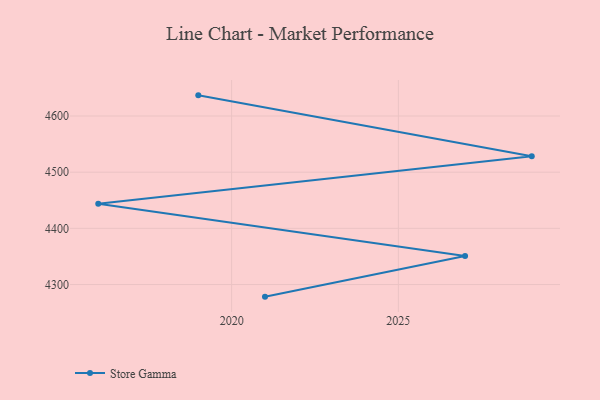
{"axis": {"x": "Year", "y": "Latency (ms)"}, "legend": ["Store Gamma"], "data": [{"x": "2021", "y": 4278.4, "type": "Store Gamma"}, {"x": "2027", "y": 4350.8, "type": "Store Gamma"}, {"x": "2016", "y": 4443.8, "type": "Store Gamma"}, {"x": "2029", "y": 4528.2, "type": "Store Gamma"}, {"x": "2019", "y": 4636.8, "type": "Store Gamma"}]}